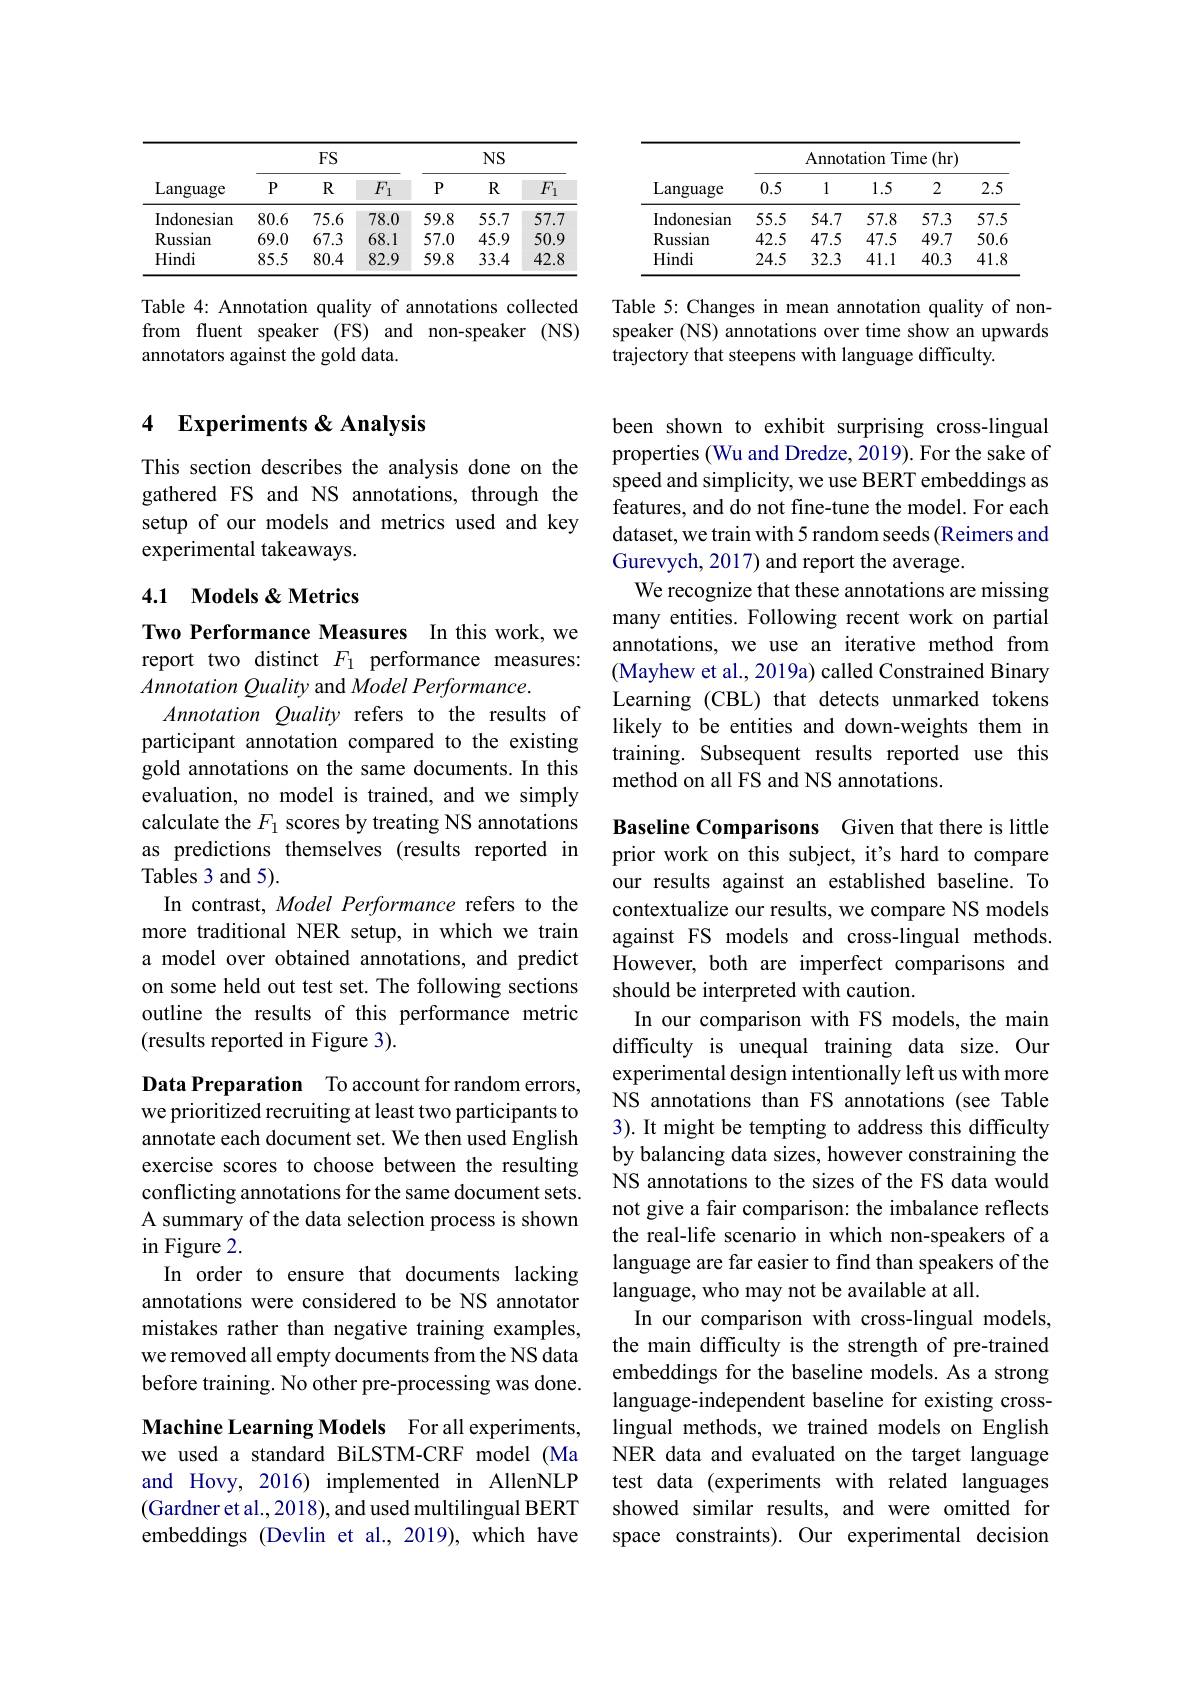
<table>
	<tbody>
		<tr>
			<th rowspan="2">Language</th>
			<th colspan="3">FS</th>
			<th colspan="3">$NS$</th>
		</tr>
		<tr>
			<th>$P$</th>
			<th>$R$</th>
			<th>$F_1$</th>
			<th>$P$</th>
			<th>$R$</th>
			<th>$F_1$</th>
		</tr>
		<tr>
			<td>Indonesian</td>
			<td>80.6</td>
			<td>75.6</td>
			<td>78.0</td>
			<td>59.8</td>
			<td>55.7</td>
			<td>57.7</td>
		</tr>
		<tr>
			<td>Russian</td>
			<td>69.0</td>
			<td>67.3</td>
			<td>68.1</td>
			<td>57.0</td>
			<td>45.9</td>
			<td>50.9</td>
		</tr>
		<tr>
			<td>Hindi</td>
			<td>85.5</td>
			<td>80.4</td>
			<td>82.9</td>
			<td>59.8</td>
			<td>33.4</td>
			<td>42.8</td>
		</tr>
	</tbody>
</table>

Table 4: Annotation quality of annotations collected from fluent speaker (FS) and non-speaker (NS) annotators against the gold data.

### 4 Experiments & Analysis

This section describes the analysis done on the gathered FS and NS annotations, through the setup of our models and metrics used and key experimental takeaways.

### 4.1 Models & Metrics

Two Performance Measures In this work, we report two distinct $F_1$ performance measures: Annotation Quality and Model Performance.
Annotation Quality refers to the results of participant annotation compared to the existing gold annotations on the same documents. In this evaluation, no model is trained, and we simply calculate the $F_1$ scores by treating NS annotations as predictions themselves (results reported in Tables 3 and 5).
In contrast, Model Performance refers to the more traditional NER setup, in which we train a model over obtained annotations, and predict on some held out test set. The following sections outline the results of this performance metric (results reported in Figure 3).

Data Preparation To account for random errors, we prioritized recruiting at least two participants to annotate each document set. We then used English exercise scores to choose between the resulting conflicting annotations for the same document sets. A summary of the data selection process is shown in Figure 2.
In order to ensure that documents lacking annotations were considered to be NS annotator mistakes rather than negative training examples, we removed all empty documents from the NS data before training. No other pre-processing was done. Machine Learning Models For all experiments, we used a standard BiLSTM-CRF model (Ma and Hovy, 2016) implemented in AllenNLP (Gardner et al., 2018), and used multilingual BERT embeddings (Devlin et al., 2019), which have

<table>
	<tbody>
		<tr>
			<th rowspan="2">Language</th>
			<th colspan="5">Annotation Time (hr)</th>
		</tr>
		<tr>
			<th>0.5</th>
			<th>1</th>
			<th>1.5</th>
			<th>2</th>
			<th>2.5</th>
		</tr>
		<tr>
			<td>Indonesian</td>
			<td>55.5</td>
			<td>54.7</td>
			<td>57.8</td>
			<td>57.3</td>
			<td>57.5</td>
		</tr>
		<tr>
			<td>Russian</td>
			<td>42.5</td>
			<td>47.5</td>
			<td>47.5</td>
			<td>49.7</td>
			<td>50.6</td>
		</tr>
		<tr>
			<td>Hindi</td>
			<td>24.5</td>
			<td>32.3</td>
			<td>41.1</td>
			<td>40.3</td>
			<td>41.8</td>
		</tr>
	</tbody>
</table>

Table 5: Changes in mean annotation quality of nonspeaker (NS) annotations over time show an upwards trajectory that steepens with language difficulty.

been shown to exhibit surprising cross-lingual properties (Wu and Dredze, 2019). For the sake of speed and simplicity, we use BERT embeddings as features, and do not fine-tune the model. For each dataset, we train with 5 random seeds (Reimers and Gurevych, 2017) and report the average.
We recognize that these annotations are missing many entities. Following recent work on partial annotations, we use an iterative method from (Mayhew et al., 2019a) called Constrained Binary Learning (CBL) that detects unmarked tokens likely to be entities and down-weights them in training. Subsequent results reported use this method on all FS and NS annotations.

Baseline Comparisons Given that there is little prior work on this subject, it's hard to compare our results against an established baseline. To contextualize our results, we compare NS models against FS models and cross-lingual methods. However, both are imperfect comparisons and should be interpreted with caution.
In our comparison with FS models, the main difficulty is unequal training data size. Our experimental design intentionally left us with more NS annotations than FS annotations (see Table 3). It might be tempting to address this difficulty by balancing data sizes, however constraining the NS annotations to the sizes of the FS data would not give a fair comparison: the imbalance reflects the real-life scenario in which non-speakers of a language are far easier to find than speakers of the language, who may not be available at all.
In our comparison with cross-lingual models, the main difficulty is the strength of pre-trained embeddings for the baseline models. As a strong language-independent baseline for existing crosslingual methods, we trained models on English NER data and evaluated on the target language test data (experiments with related languages showed similar results, and were omitted for space constraints). Our experimental decision